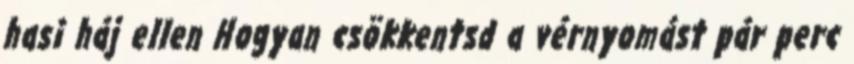
hasi háj ellen Hogyan csökkentsd a vérnyomást pár perc